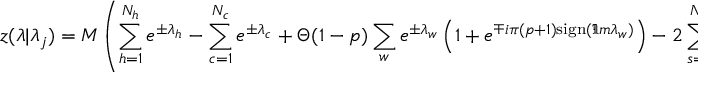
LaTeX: z ( \lambda | \lambda _ { j } ) = M \left( \sum _ { h = 1 } ^ { N _ { h } } e ^ { \pm \lambda _ { h } } - \sum _ { c = 1 } ^ { N _ { c } } e ^ { \pm \lambda _ { c } } + \Theta ( 1 - p ) \sum _ { w } e ^ { \pm \lambda _ { w } } \left( 1 + e ^ { \mp i \pi ( p + 1 ) \mathrm { s i g n } ( \Im m \lambda _ { w } ) } \right) - 2 \sum _ { s = 1 } ^ { N _ { s } } e ^ { \pm \lambda _ { s } } \right)